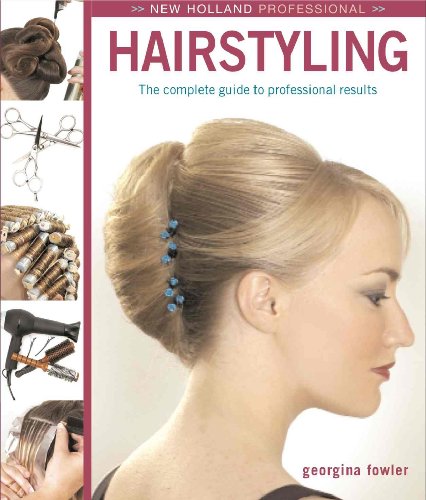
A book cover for New Holland Professional: Hairstyling: The Complete Intermediate-Level Guide to Professional Hairstyling; Georgina Fowler; Health, Fitness & Dieting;